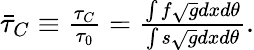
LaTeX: \begin{array}{r}{\bar{\tau}_{C}\equiv\frac{\tau_{C}}{\tau_{0}}=\frac{\int f\sqrt{g}dxd\theta}{\int s\sqrt{g}dxd\theta}.}\end{array}